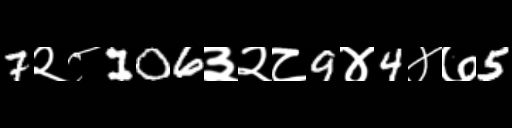
Text: 7२८106३२८9४4४७5